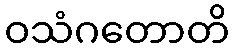
ဝသံဂတောတိ